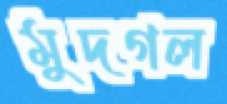
মুদগল